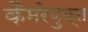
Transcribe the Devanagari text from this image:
कैमरेयुक्त